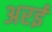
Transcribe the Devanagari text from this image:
अरई